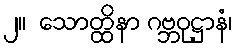
၂။  သောတ္ထိနာ ဂဗ္ဘဝုဋ္ဌာနံ၊